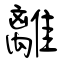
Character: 離